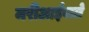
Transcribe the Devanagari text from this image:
मरीआईवाले